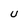
Character: U